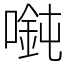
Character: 𫫲